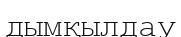
дымқылдау